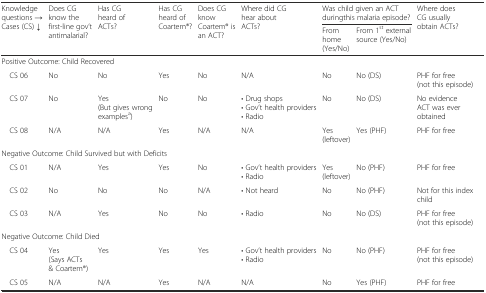
<table><thead><tr><td rowspan="2"><b>Knowledge questions →Cases (CS) ↓</b></td><td rowspan="2"><b>Does CG know the first-line gov’t antimalarial?</b></td><td rowspan="2"><b>Has CG heard of ACTs?</b></td><td rowspan="2"><b>Has CG heard of Coartem®?</b></td><td rowspan="2"><b>Does CG know Coartem® is an ACT?</b></td><td rowspan="2"><b>Where did CG hear about ACTs?</b></td><td colspan="2"><b>Was child given an ACT duringthis malaria episode?</b></td><td rowspan="2"><b>Where does CG usually obtain ACTs?</b></td></tr><tr><td><b>From home (Yes/No)</b></td><td><b>From 1<sup>st</sup> external source (Yes/No)</b></td></tr></thead><tbody><tr><td></td><td colspan="8">Positive Outcome: Child Recovered</td></tr><tr><td> CS 06</td><td>No</td><td>No</td><td>Yes</td><td>No</td><td>N/A</td><td>No</td><td>No (DS)</td><td>PHF for free(not this episode)</td></tr><tr><td> CS 07</td><td>No</td><td>Yes(But gives wrong examples<sup>a</sup>)</td><td>No</td><td>No</td><td>• Drug shops• Gov’t health providers• Radio</td><td>No</td><td>No (DS)</td><td>No evidence ACT was ever obtained</td></tr><tr><td> CS 08</td><td>N/A</td><td>N/A</td><td>Yes</td><td>N/A</td><td>N/A</td><td>Yes(leftover)</td><td>Yes (PHF)</td><td>PHF for free</td></tr><tr><td colspan="9">Negative Outcome: Child Survived but with Deficits</td></tr><tr><td> CS 01</td><td>N/A</td><td>Yes</td><td>Yes</td><td>No</td><td>• Gov’t health providers• Radio</td><td>Yes(leftover)</td><td>No (PHF)</td><td>PHF for free</td></tr><tr><td> CS 02</td><td>No</td><td>No</td><td>No</td><td>N/A</td><td>• Not heard</td><td>No</td><td>No (PHF)</td><td>Not for this index child</td></tr><tr><td> CS 03</td><td>N/A</td><td>Yes</td><td>No</td><td>No</td><td>• Radio</td><td>No</td><td>No (DS)</td><td>PHF for free(not this episode)</td></tr><tr><td colspan="9">Negative Outcome: Child Died</td></tr><tr><td> CS 04</td><td>Yes(Says ACTs &amp; Coartem®)</td><td>Yes</td><td>Yes</td><td>Yes</td><td>• Gov’t health providers• Radio</td><td>No</td><td>No (PHF)</td><td>PHF for free(not this episode)</td></tr><tr><td> CS 05</td><td>N/A</td><td>N/A</td><td>Yes</td><td>N/A</td><td>N/A</td><td>No</td><td>Yes (PHF)</td><td>PHF for free</td></tr></tbody></table>